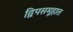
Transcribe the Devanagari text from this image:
द्विपसमूहात